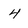
Character: 4